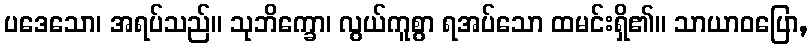
ပဒေသော၊ အရပ်သည်။ သုဘိက္ခော၊ လွယ်ကူစွာ ရအပ်သော ထမင်းရှိ၏။ သာယာဝပြော,